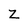
Character: Z